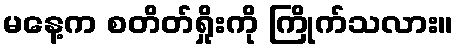
မနေ့က စတိတ်ရှိုးကို ကြိုက်သလား။